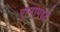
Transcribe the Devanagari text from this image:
रानामध्ये